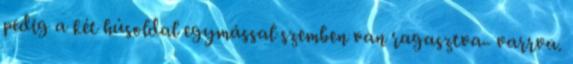
pedig a két húsoldal egymással szemben van ragasztva- varrva.